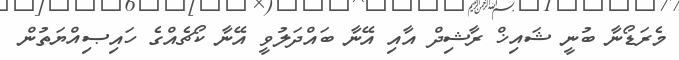
މެރަޑޯނާ ބުނީ ޝައިޚް ރާޝިދް އާއި އޭނާ ބައްދަލުވީ އޭނާ ކޯޗެއްގެ ހައިޞިއްޔަތުން